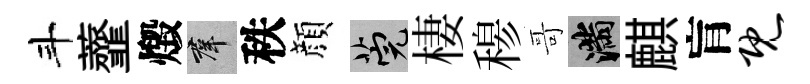
斗虀燬群秩顔筦棲𥠇哥滿麒肓既